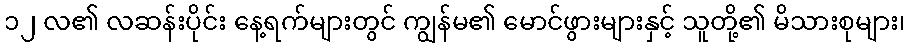
၁၂ လ၏ လဆန်းပိုင်း နေ့ရက်များတွင် ကျွန်မ၏ မောင်ဖွားများနှင့် သူတို့၏ မိသားစုများ၊